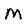
Character: M